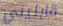
قابليني